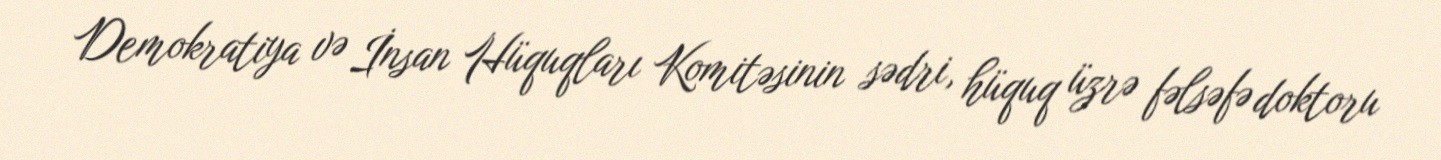
Demokratiya və İnsan Hüquqları Komitəsinin sədri, hüquq üzrə fəlsəfə doktoru